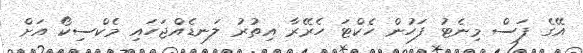
އޭގެ ފަސް މިނެޓު ފަހުން ހެކްޓަ ހެރޭރާ އިތުރު ލަނޑެއްޖަހައި މެކްސިކޯ އަށް